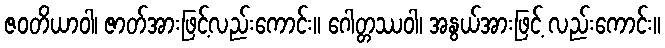
ဇဝတိယာဝါ၊ ဇာတ်အားဖြင့်လည်းကောင်း။ ဂေါတ္တဿဝါ၊ အနွယ်အားဖြင့် လည်းကောင်း။